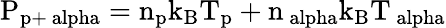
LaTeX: \mathrm{P_{p+\ alpha}=n_{p}k_{B}T_{p}+n_{\ alpha}k_{B}T_{\ alpha}}